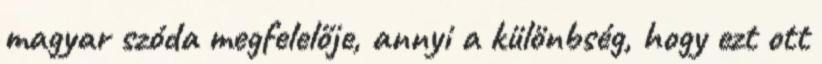
magyar szóda megfelelője, annyi a különbség, hogy ezt ott